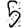
Digit: 5